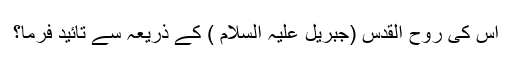
اس کی روح القدس (جبریل علیہ السلام ) کے ذریعہ سے تائید فرما؟